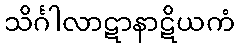
သိင်္ဂါလာဋာနာဋိယကံ